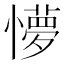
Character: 懜